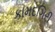
કામદગિરી